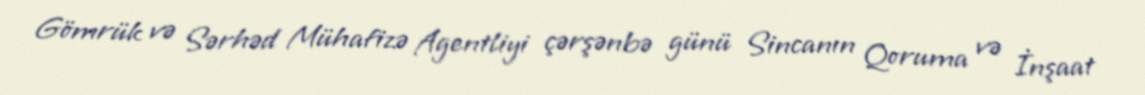
Gömrük və Sərhəd Mühafizə Agentliyi çərşənbə günü Sincanın Qoruma və İnşaat